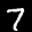
Label: 7